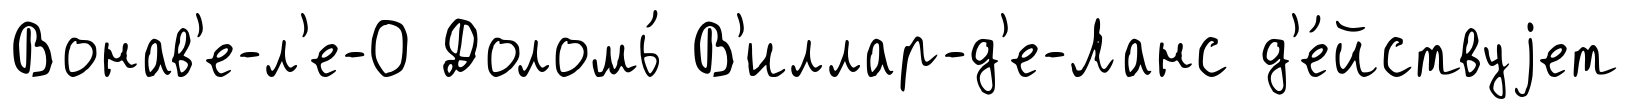
Вонав'е-л'е-О Доломь́ В'иллар-д'е-Ланс д'е́йствуjет